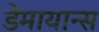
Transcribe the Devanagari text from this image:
डेमायान्स